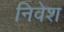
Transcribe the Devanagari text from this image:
निवेश